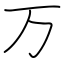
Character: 万